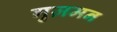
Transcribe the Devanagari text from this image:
गुज़मन